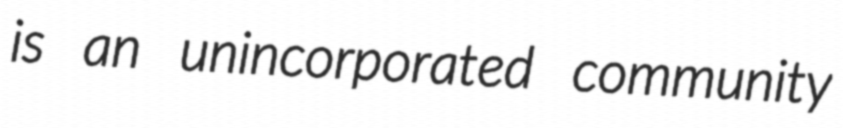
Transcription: is an unincorporated community